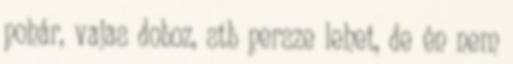
pohár, vajas doboz, stb persze lehet, de én nem